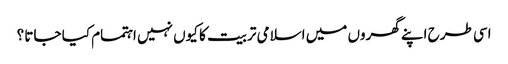
اسی طرح اپنے گھروں میں اسلامی تربیت کا کیوں نہیں اہتمام کیا جاتا ؟